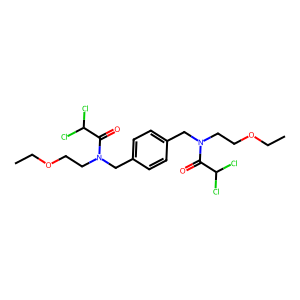
SMILES: CCOCCN(Cc1ccc(CN(CCOCC)C(=O)C(Cl)Cl)cc1)C(=O)C(Cl)Cl
Inhibits HIV replication: No